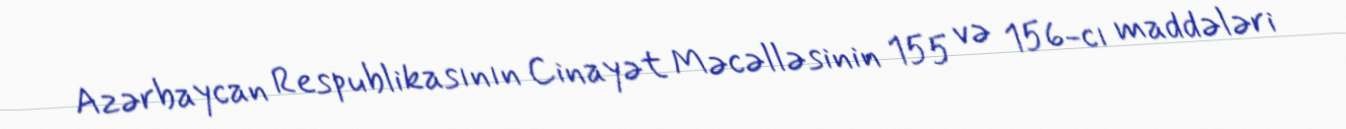
Azərbaycan Respublikasının Cinayət Məcəlləsinin 155 və 156-cı maddələri